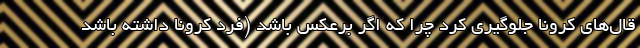
قال‌های کرونا جلوگیری کرد چرا که اگر برعکس باشد (فرد کرونا داشته باشد